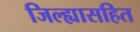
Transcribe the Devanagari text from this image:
जिल्ह्यासहित